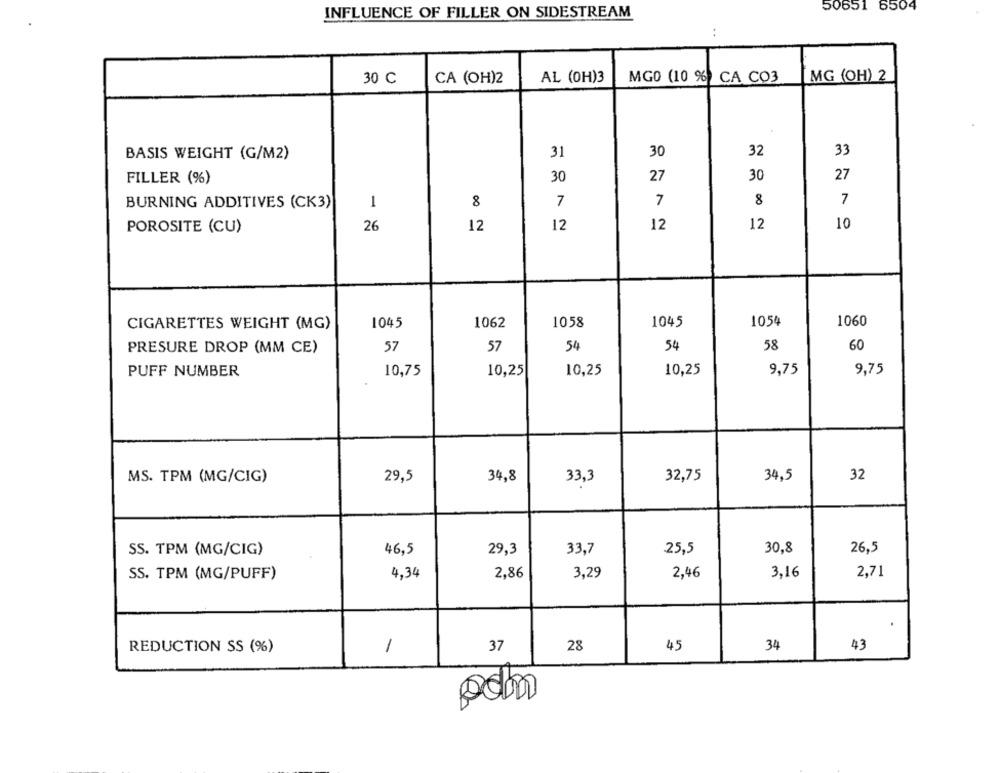
50651 6504
INFLUENCE OF FILLER ON SIDESTREAM
:
MG (OH) 2
30 C
CA (OH)2
AL (OH)3
MGO (10 %) CA CO3
BASIS WEIGHT (G/M2)
31
30
32
33
30
27
30
27
FILLER (%)
8
7
BURNING ADDITIVES (CK3)
1
7
7
8
12
10
POROSITE (CU)
26
12
12
12
1045
1062
1058
1045
1054
1060
CIGARETTES WEIGHT (MG)
57
57
54
54
58
60
PRESURE DROP (MM CE)
10,75
10,25
10,25
9,75
9,75
PUFF NUMBER
10,25
MS. TPM (MG/CIG)
29,5
34,8
33,3
32,75
34,5
32
33,7
30,8
26,5
SS. TPM (MG/CIG)
46,5
29,3
25,5
2,71
SS. TPM (MG/PUFF)
4,34
2,86
3,29
2,46
3,16
.
REDUCTION SS (%)
1
37
28
45
34
43
odm